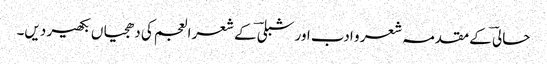
حالیؔ کے مقدمہ شعر و ادب اور شبلیؔ کے شعر العجم کی دھجیاں بکھیر دیں۔